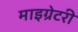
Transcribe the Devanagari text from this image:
माइग्रेटरी